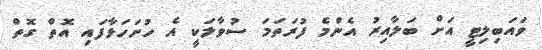
ވައަބިލިޓީ އަށް ބަލާއިރު އެންމެ ފުރަތަމަ ސުވާލަކީ އެ ހުށަހަޅާފައި އޮތް ގޮތް